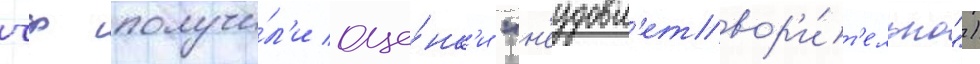
чф получи́л'и оце́нк'и "н'еудовл'етвор'и́т'ельно")